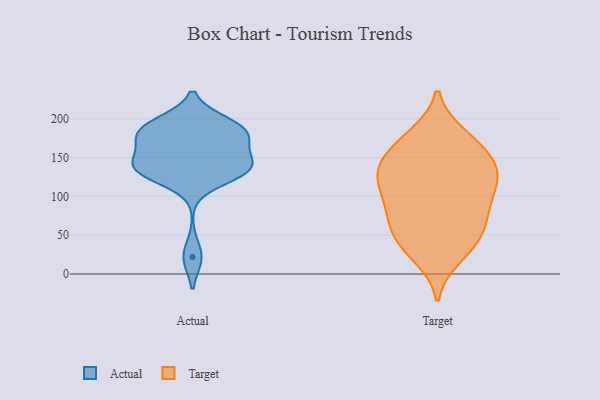
{"axis": {"x": "Temperature (°C)", "y": "Value"}, "legend": ["Actual", "Target"], "data": [{"x": "", "y": 137, "type": "Actual"}, {"x": "", "y": 140, "type": "Actual"}, {"x": "", "y": 135, "type": "Actual"}, {"x": "", "y": 177, "type": "Actual"}, {"x": "", "y": 172, "type": "Actual"}, {"x": "", "y": 185, "type": "Actual"}, {"x": "", "y": 136, "type": "Actual"}, {"x": "", "y": 177, "type": "Actual"}, {"x": "", "y": 22, "type": "Actual"}, {"x": "", "y": 194, "type": "Actual"}, {"x": "", "y": 128, "type": "Actual"}, {"x": "", "y": 191, "type": "Actual"}, {"x": "", "y": 141, "type": "Actual"}, {"x": "", "y": 122, "type": "Target"}, {"x": "", "y": 107, "type": "Target"}, {"x": "", "y": 131, "type": "Target"}, {"x": "", "y": 130, "type": "Target"}, {"x": "", "y": 178, "type": "Target"}, {"x": "", "y": 144, "type": "Target"}, {"x": "", "y": 23, "type": "Target"}, {"x": "", "y": 43, "type": "Target"}, {"x": "", "y": 49, "type": "Target"}, {"x": "", "y": 73, "type": "Target"}, {"x": "", "y": 84, "type": "Target"}, {"x": "", "y": 174, "type": "Target"}, {"x": "", "y": 62, "type": "Target"}, {"x": "", "y": 168, "type": "Target"}, {"x": "", "y": 107, "type": "Target"}, {"x": "", "y": 34, "type": "Target"}, {"x": "", "y": 149, "type": "Target"}, {"x": "", "y": 131, "type": "Target"}, {"x": "", "y": 83, "type": "Target"}]}